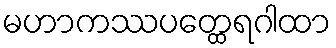
မဟာကဿပတ္ထေရဂါထာ